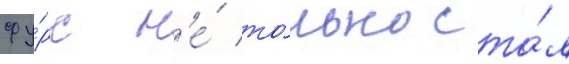
фу́рс н'е́ то́лько ста́л